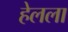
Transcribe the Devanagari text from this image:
हेलला